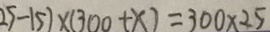
2 5 - 1 5 ) \times ( 3 0 0 + x ) = 3 0 0 \times 2 5